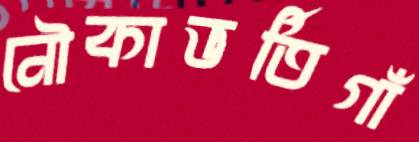
নৌকাভর্তিগাঁ